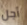
أجل